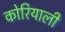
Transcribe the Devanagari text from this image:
कोरियाली